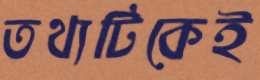
তথ্যটিকেই